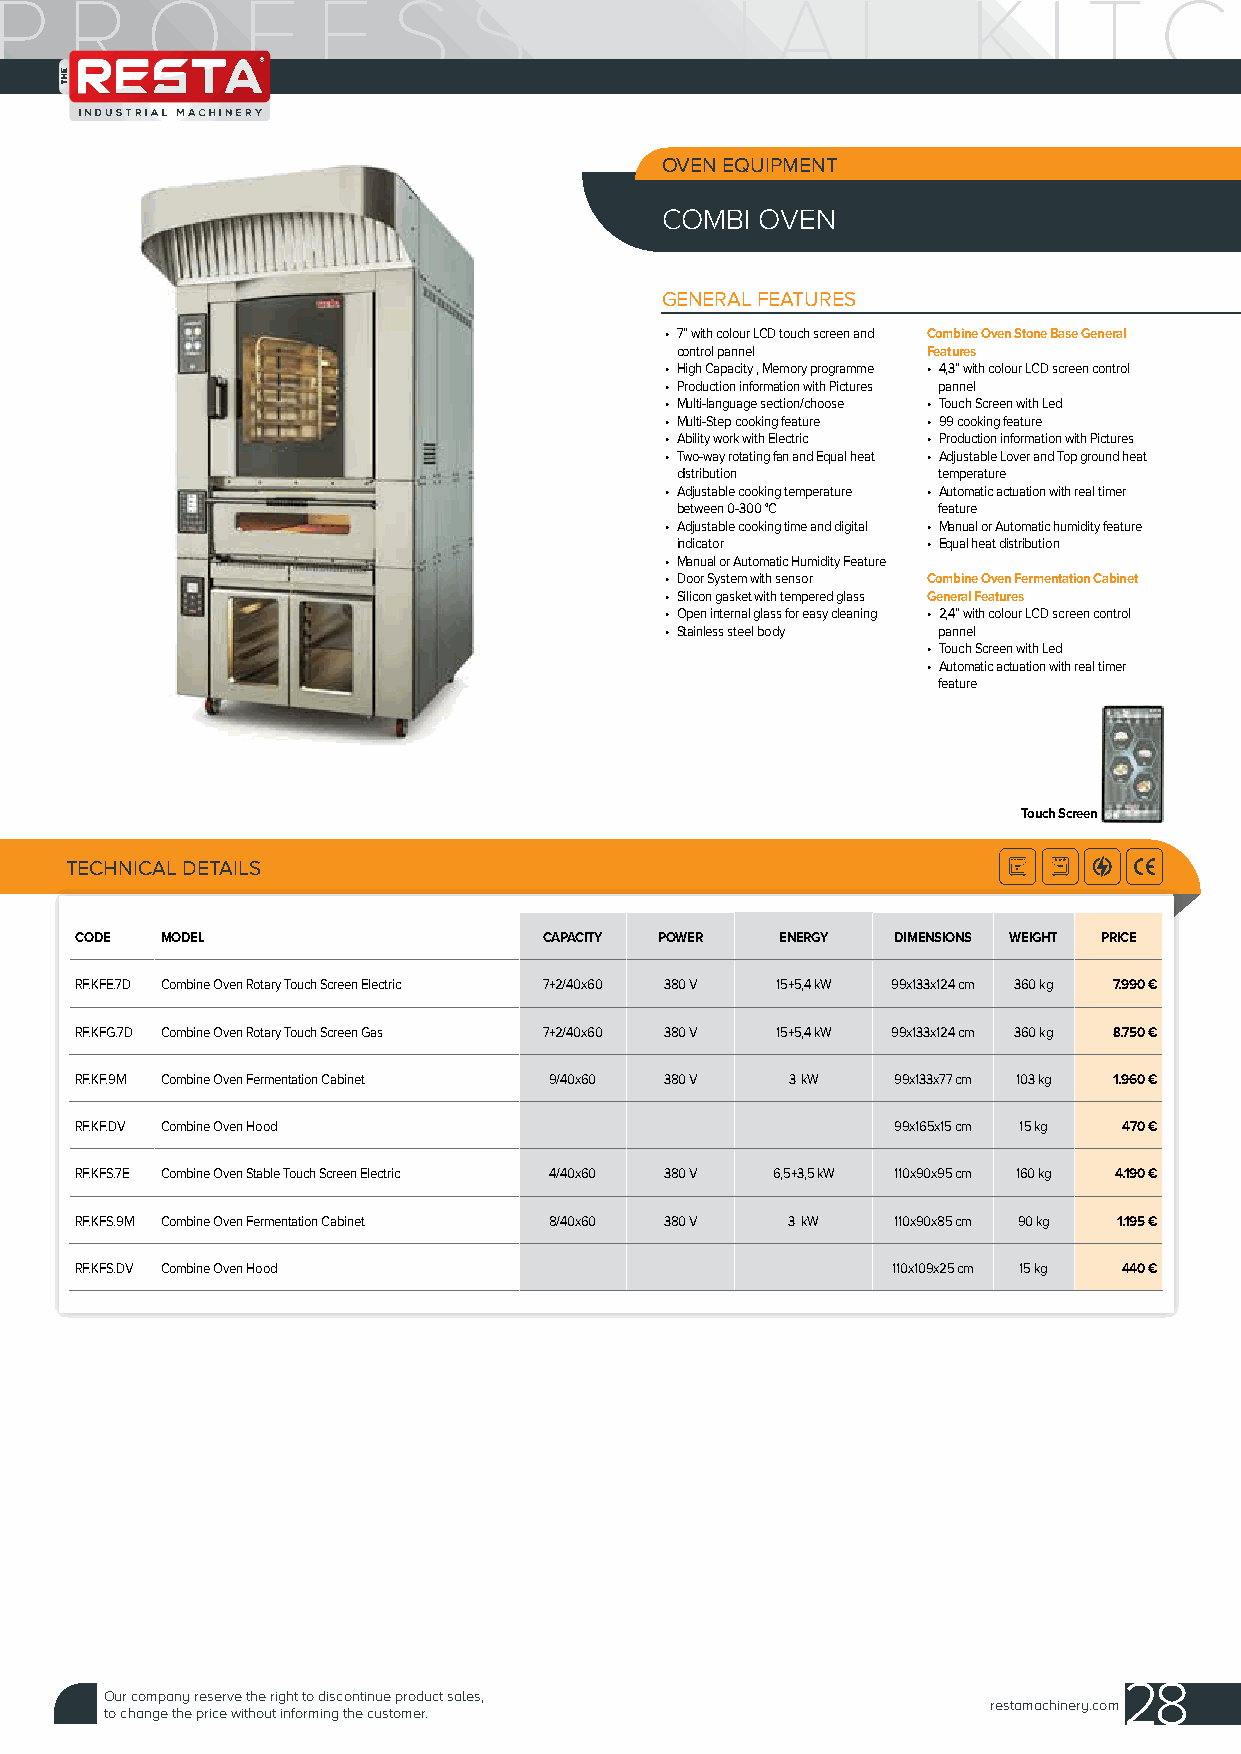
OVEN EQUIPMENT
 COMBI OVEN
 GENERAL FEATURES
 • 7” with colour LCD touch screen and Combine Oven Stone Base General
 control pannel  Features
 • High Capacity , Memory programme • 4,3” with colour LCD screen control
 • Production information with Pictures pannel
 • Multi-language section/choose • Touch Screen with Led
 • Multi-Step cooking feature • 99 cooking feature
 • Ability work with Electric • Production information with Pictures
 • Two-way rotating fan and Equal heat • Adjustable Lover and Top ground heat
 distribution     temperature
 • Adjustable cooking temperature • Automatic actuation with real timer
 between 0-300 °C feature
 • Adjustable cooking time and digital • Manual or Automatic humidity feature
 indicator       • Equal heat distribution
 • Manual or Automatic Humidity Feature
 • Door System with sensor Combine Oven Fermentation Cabinet
 • Silicon gasket with tempered glass General Features
 • Open internal glass for easy cleaning • 2,4” with colour LCD screen control
 • Stainless steel body pannel
 • Touch Screen with Led
 • Automatic actuation with real timer
 feature
 Touch Screen
 TECHNICAL DETAILS
 CODE  MODEL                    CAPACITY POWER  ENERGY DIMENSIONS WEIGHT PRICE
 RF.KFE.7D Combine Oven Rotary Touch Screen Electric 7+2/40x60 380 V 15+5,4 kW 99x133x124 cm 360 kg 7.990 €
 RF.KFG.7D Combine Oven Rotary Touch Screen Gas 7+2/40x60 380 V 15+5,4 kW 99x133x124 cm 360 kg 8.750 €
 RF.KF.9M Combine Oven Fermentation Cabinet 9/40x60 380 V 3 kW 99x133x77 cm 103 kg 1.960 €
 RF.KF.DV Combine Oven Hood                            99x165x15 cm 15 kg 470 €
 RF.KFS.7E Combine Oven Stable Touch Screen Electric 4/40x60 380 V 6,5+3,5 kW 110x90x95 cm 160 kg 4.190 €
 RF.KFS.9M Combine Oven Fermentation Cabinet 8/40x60 380 V 3 kW 110x90x85 cm 90 kg 1.195 €
 RF.KFS.DV Combine Oven Hood                           110x109x25 cm 15 kg 440 €
 28
 Our company reserve the right to discontinue product sales,
 restamachinery.com
 to change the price without informing the customer.